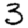
Digit: 3